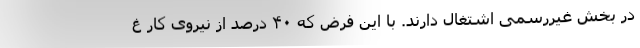
در بخش غیررسمی اشتغال دارند. با این فرض که ۴۰ درصد از نیروی کار غ